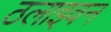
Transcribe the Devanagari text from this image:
ठलाइवन